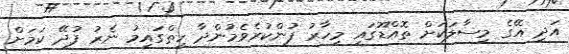
އަދި އޭގެ މިސާލަކަށް ތޮއްޑޫގައި މިހާރު ފުންކުރެވެމުންދާ ހިތްގައިމު ނެރު ފުދޭ ކަމަށް